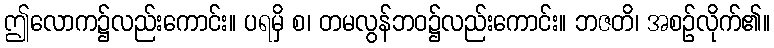
ဤလောက၌လည်းကောင်း။ ပရမှိ စ၊ တမလွန်ဘဝ၌လည်းကောင်း။ ဘဇတိ၊ အစဉ်လိုက်၏။